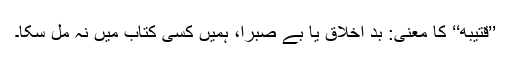
’’قُتَیْبَه‘‘ کا معنیٰ: بد اخلاق یا بے صبرا، ہمیں کسی کتاب میں نہ مل سکا۔